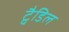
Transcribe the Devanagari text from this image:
ट्वैडिल